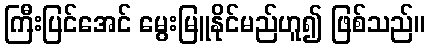
ကြီးပြင်အေင် မွေးမြူနိုင်မည်ဟူ၍ ဖြစ်သည်။